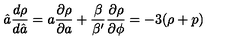
\hat { a } \frac { d \rho } { d \hat { a } } = a \frac { \partial \rho } { \partial a } + \frac { \beta } { \beta ^ { \prime } } \frac { \partial \rho } { \partial \phi } = - 3 ( \rho + p )